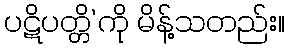
ပဋိပတ္တိ’ကို မိန့်သတည်း။